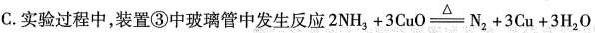
C.实验过程中，装置③中玻璃管中发生反应$$2NH_{3}+3CuO\xlongequal[]{\triangle }=N_{2}+3Cu+3H_{2}O$$